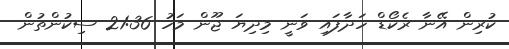
ކުރިން އޭނާ ރެކޯޑް ހަދާފައި ވަނީ މިދިޔަ ޖޫން މަހު 21:36 ސިކުންތުން